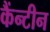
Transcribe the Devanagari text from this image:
कैंन्टीन